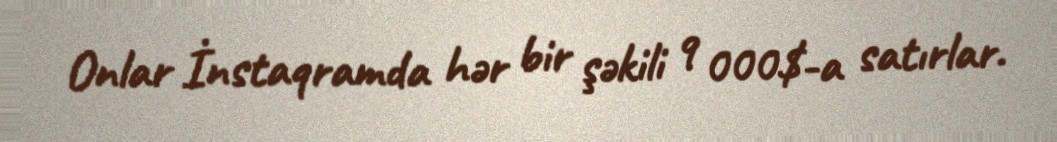
Onlar İnstaqramda hər bir şəkili 9 000$-a satırlar.